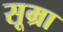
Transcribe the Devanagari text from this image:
सूम्रा